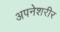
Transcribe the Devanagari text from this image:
अपनेशरीर